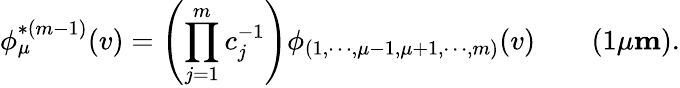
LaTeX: \phi_{\mu}^{*(m-1)}(v)=\left(\prod_{j=1}^{m}c_{j}^{-1}\right)\phi_{(1,\cdots,\mu-1,\mu+1,\cdots,m)}(v)\qquad(1\le\mu\le m).